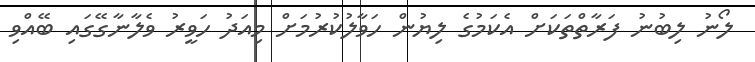
ލޯނު ލިބުނު ފަރާތްތަކަށް އެކަމުގެ ލިޔުން ހަވާލުކުރުމަށް މިއަދު ހަވީރު ވެލާނާގޭގައި ބޭއްވި